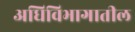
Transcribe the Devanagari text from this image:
अधिविभागातील